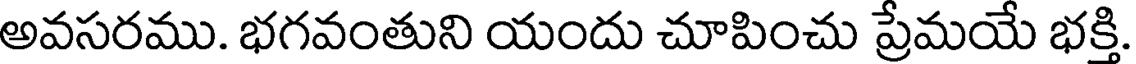
అవసరము. భగవంతుని యందు చూపించు ప్రేమయే భక్తి